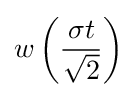
w\left({\frac {\sigma t}{\sqrt {2}}}\right)